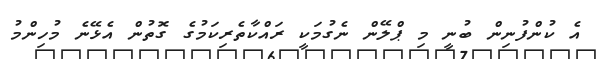
އެ ކުންފުނިން ބުނީ މި ޕްލޭން ނެގުމަކީ ރައްކާތެރިކަމުގެ ގޮތުން އެޅޭނެ މުހިންމު